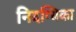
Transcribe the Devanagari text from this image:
निदग्धिका